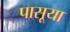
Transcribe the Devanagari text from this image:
पासूया